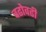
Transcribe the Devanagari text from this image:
चढोवढी